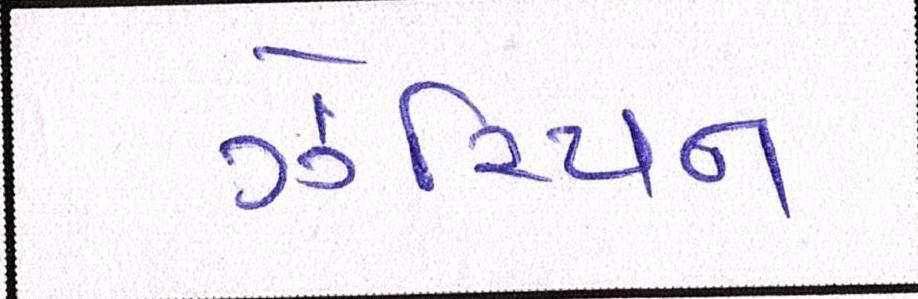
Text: ઝેરિયન